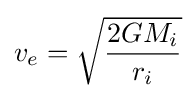
v_{e}={\sqrt {\frac {2GM_{i}}{r_{i}}}}